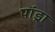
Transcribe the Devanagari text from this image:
पांड्रा